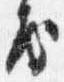
房